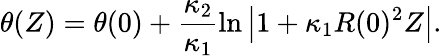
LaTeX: \theta(Z)=\theta(0)+\frac{\kappa_{2}}{\kappa_{1}}\ln\left|1+\kappa_{1}R(0)^{2}Z\right|.